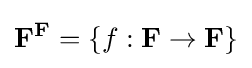
\mathbf {F} ^{\mathbf {F} }=\{f:\mathbf {F} \to \mathbf {F} \}